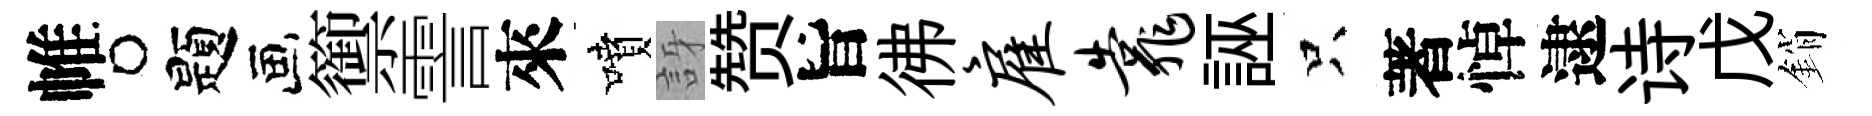
帷题籞霅來噴訝赞旨彿雇靠誣只著悼逮诗戊銷